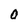
Character: O